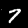
Digit: 7